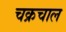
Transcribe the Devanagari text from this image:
चक्रचाल